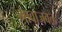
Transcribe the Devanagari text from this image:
भावाजवळ